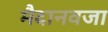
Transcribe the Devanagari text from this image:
मैदानवजा